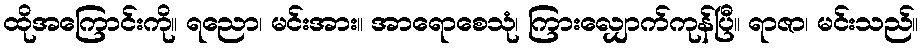
ထိုအကြောင်းကို။ ရညော၊ မင်းအား။ အာရောစေသုံ၊ ကြားလျှောက်ကုန်ပြီ။ ရာဇာ၊ မင်းသည်။